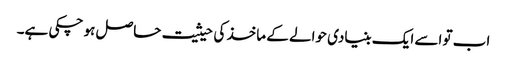
اب تو اسے ایک بنیادی حوالے کے ماخذ کی حیثیت حاصل ہو چکی ہے۔